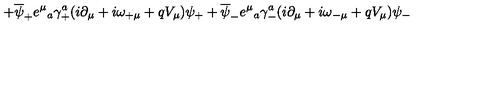
+ \overline { { \psi } } _ { + } e ^ { \mu } { } _ { a } \gamma _ { + } ^ { a } ( i \partial _ { \mu } + i \omega _ { + \mu } + q V _ { \mu } ) \psi _ { + } + \overline { { \psi } } _ { - } e ^ { \mu } { } _ { a } \gamma _ { - } ^ { a } ( i \partial _ { \mu } + i \omega _ { - \mu } + q V _ { \mu } ) \psi _ { - }